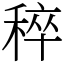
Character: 稡